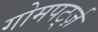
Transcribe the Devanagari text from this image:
गोमपर्ट्ज़